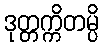
ဒုတ္တက္ကိတမ္ပိ